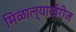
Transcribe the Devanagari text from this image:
मिळाल्याखेरीज